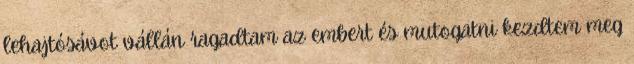
lehajtósávot vállán ragadtam az embert és mutogatni kezdtem meg